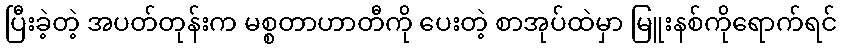
ပြီးခဲ့တဲ့ အပတ်တုန်းက မစ္စတာဟာတီကို ပေးတဲ့ စာအုပ်ထဲမှာ မြူးနစ်ကိုရောက်ရင်